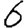
Digit: 6